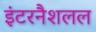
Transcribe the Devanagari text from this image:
इंटरनैशलल